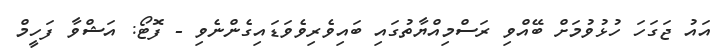
އައު ޖަގަހަ ހުޅުވުމަށް ބޭއްވި ރަސްމިއްޔާތުގައި ބައިވެރިވެވަޑައިގެންނެވި - ފޮޓޯ: އަޝްވާ ފަހީމް